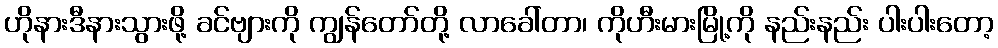
ဟိုနားဒီနားသွားဖို့ ခင်ဗျားကို ကျွန်တော်တို့ လာခေါ်တာ၊ ကိုဟီးမားမြို့ကို နည်းနည်း ပါးပါးတော့